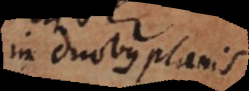
in duobus planis.